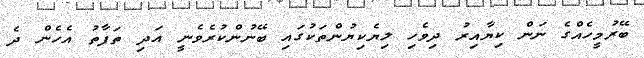
ބޭރުމީހެއްގެ ނަން ކިޔާއިރު ދިވެހި ލިޔެކިޔުންތަކުގައި ބޭނުންކުރެވެނީ އަދި ތަފާތު އެހެން ދެ